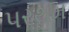
પરથમ